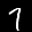
Label: 7